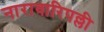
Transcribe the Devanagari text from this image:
नारावारिपल्ली